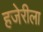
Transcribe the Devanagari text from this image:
हजेरीला